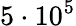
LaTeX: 5\cdot 10^{5}